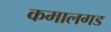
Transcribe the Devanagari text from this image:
कमालगड